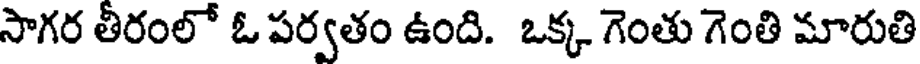
సాగర తీరంలో ఓ పర్వతం ఉంది. ఒక్క గెంతు గెంతి మారుతి